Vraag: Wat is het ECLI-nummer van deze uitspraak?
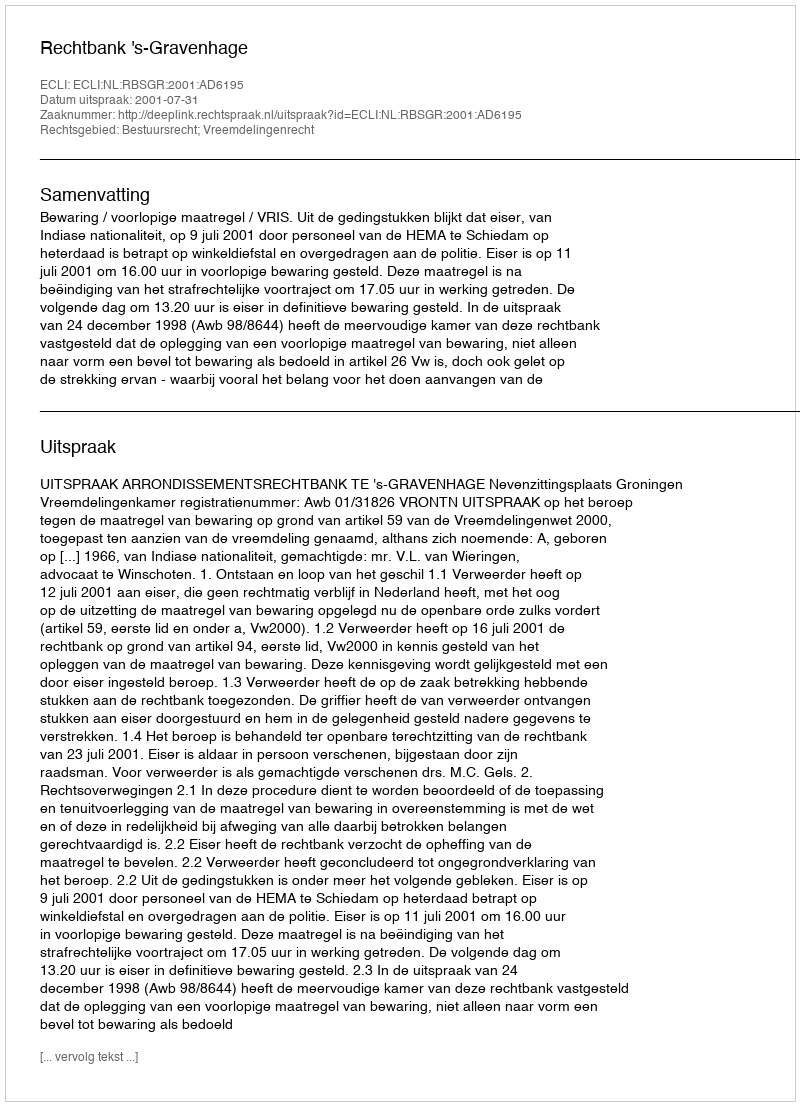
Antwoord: ECLI:NL:RBSGR:2001:AD6195